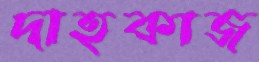
দাহকাজ